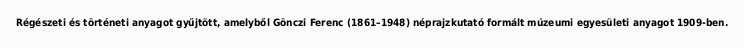
Régészeti és történeti anyagot gyűjtött, amelyből Gönczi Ferenc (1861–1948) néprajzkutató formált múzeumi egyesületi anyagot 1909-ben.